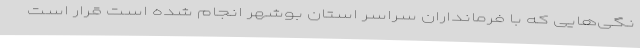
نگی‌هایی که با فرمانداران سراسر استان بوشهر انجام شده است قرار است